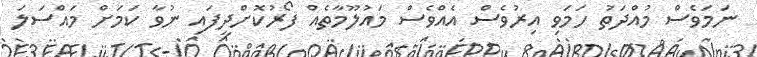
ނަމަވެސް މުއްދަތު ހަމަވި އިރުވެސް އެއްވެސް މައުލޫމާތެއް ފޯރުކޮށްދީފައި ނުވާ ކަަމަށް މައްސަލަ